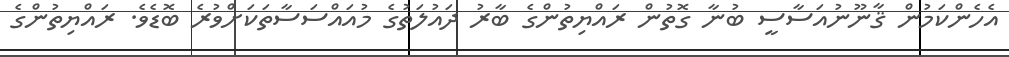
އެހެންކަމުން ޤާނޫނުއަސާސީ ބުނާ ގޮތުން ރައްޔިތުންގެ ބާރު ދައުލަތުގެ މުއައްސަސާތަކަށްވުރެ ބޮޑެވެ. ރައްޔިތުންގެ